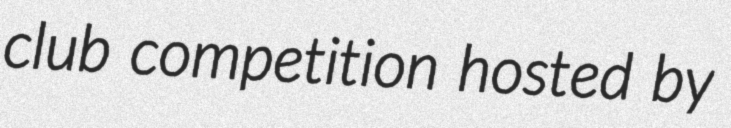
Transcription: club competition hosted by